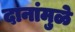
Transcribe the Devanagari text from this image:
दानांमुळे